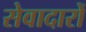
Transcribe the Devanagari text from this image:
सेवादारों